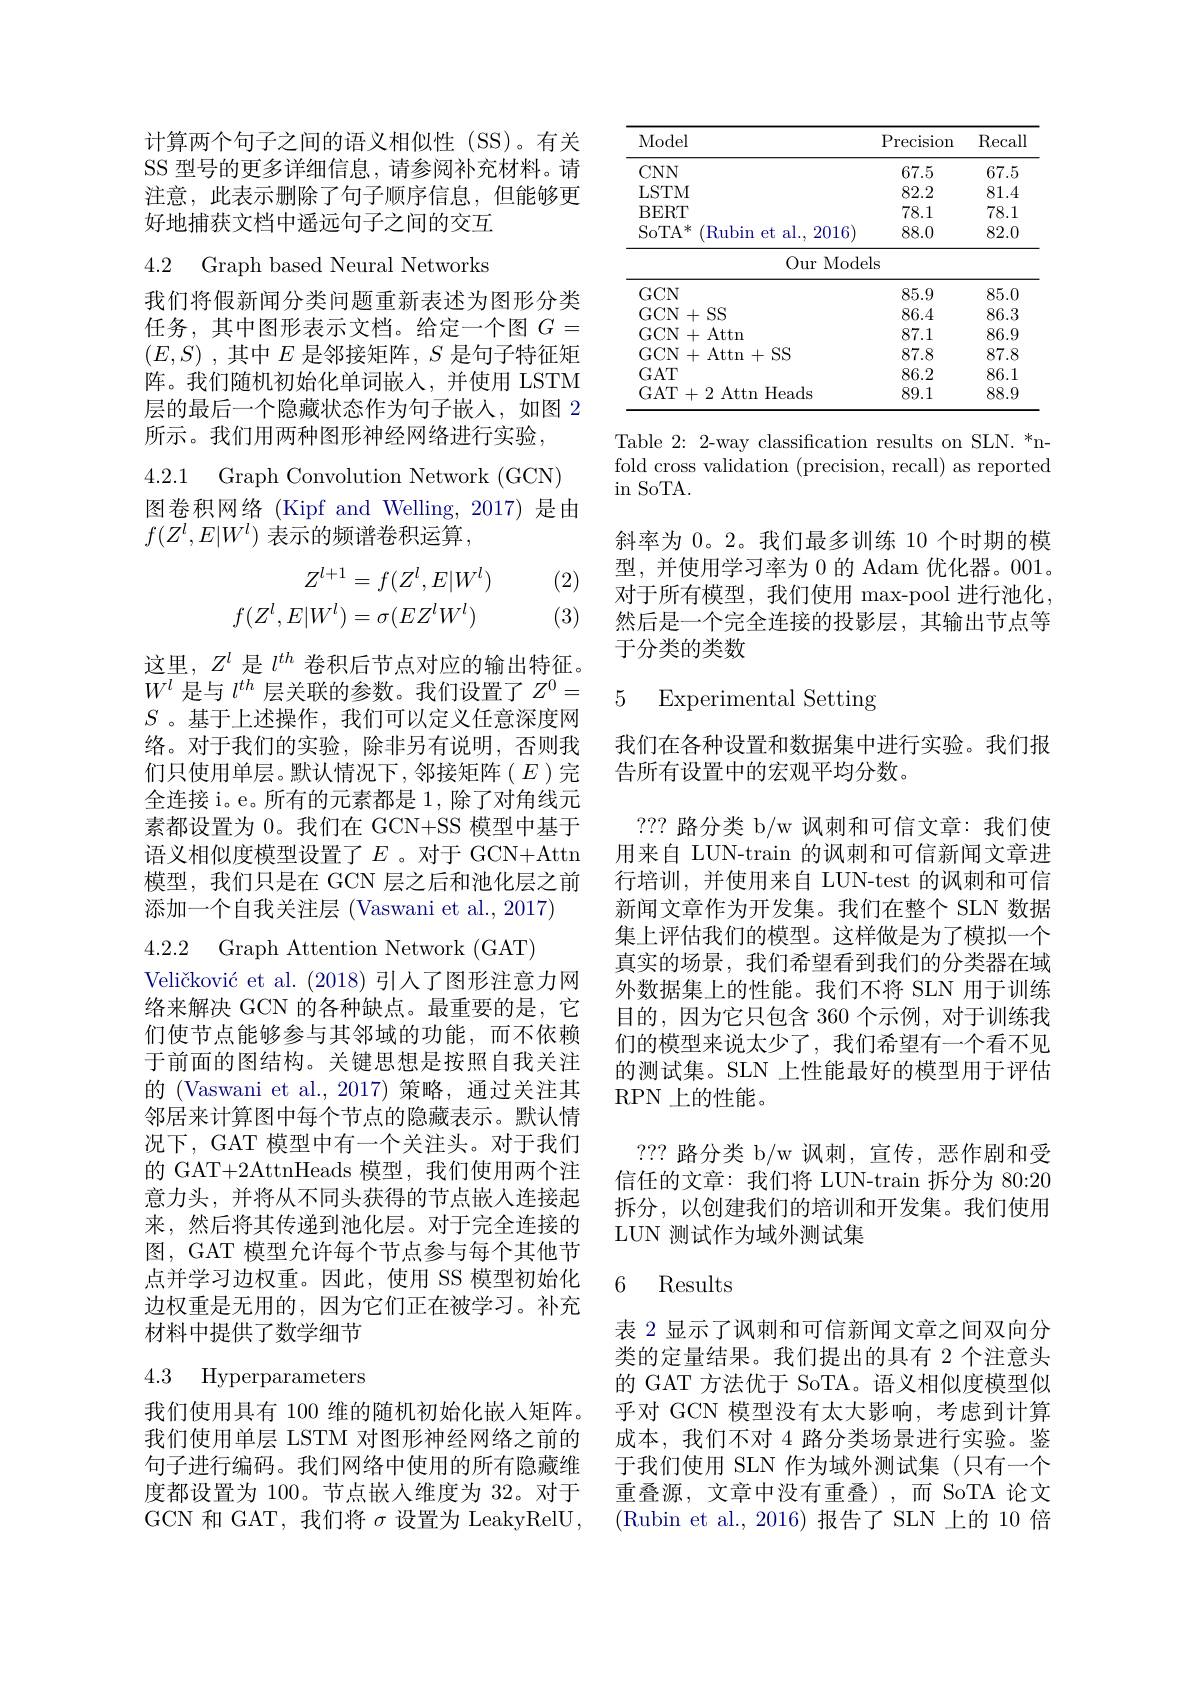
计算两个句子之间的语义相似性(SS)。有关SS 型号的更多详细信息，请参阅补充材料。请注意，此表示删除了句子顺序信息，但能够更好地捕获文档中遥远句子之间的交互

4.2 Graph based Neural Networks

我们将假新闻分类问题重新表述为图形分类任务，其中图形表示文档。给定一个图$G=$ $( E, S)$ ,其中$E$ 是邻接矩阵$,S$ 是句子特征矩阵。我们随机初始化单词嵌入，并使用 LSTM 层的最后一个隐藏状态作为句子嵌入，如图 2所示。我们用两种图形神经网络进行实验，

4.2.1 Graph Convolution Network (GCN)

图卷积网络(Kipf and Welling, 2017) 是由
$f(Z^l,E|W^l)$表示的频谱卷积运算，

(2)
$$\begin{aligned}Z^{l+1}&=f(Z^l,E|W^l)\\f(Z^l,E|W^l)&=\sigma(EZ^lW^l)\end{aligned}$$
(3)

这里，$Z^l$是$l^{th}$卷积后节点对应的输出特征。$W^l$是与$l^{th}$层关联的参数。我们设置了$Z^0=$ $S$ 。基于上述操作，我们可以定义任意深度网络。对于我们的实验，除非另有说明，否则我们只使用单层。默认情况下，邻接矩阵(E)完全连接 i。e。所有的元素都是 1, 除了对角线元素都设置为 0。我们在 GCN+SS 模型中基于语义相似度模型设置了$E$。对于 GCN+Attn 模型，我们只是在 GCN 层之后和池化层之前添加一个自我关注层 (Vaswani et al., 2017)
4.2.2 Graph Attention Network (GAT)
Veličković et al. (2018)引人了图形注意力网络来解决 GCN 的各种缺点。最重要的是，它们使节点能够参与其邻域的功能，而不依赖于前面的图结构。关键思想是按照自我关注的 (Vaswani et al.,2017)策略，通过关注其邻居来计算图中每个节点的隐藏表示。默认情况下，GAT 模型中有一个关注头。对于我们的 GAT+2AttnHeads 模型，我们使用两个注意力头，并将从不同头获得的节点嵌入连接起来，然后将其传递到池化层。对于完全连接的图，GAT 模型允许每个节点参与每个其他节点并学习边权重。因此，使用 SS 模型初始化边权重是无用的，因为它们正在被学习。补充材料中提供了数学细节4.3 Hyperparameters

我们使用具有 100 维的随机初始化嵌入矩阵。我们使用单层 LSTM 对图形神经网络之前的句子进行编码。我们网络中使用的所有隐藏维度都设置为 100。节点嵌入维度为 32。对于GCN 和 GAT, 我们将$\sigma$设置为 LeakyRelU,

<table>
	<tbody>
		<tr>
			<th>Model</th>
			<th>Precision</th>
			<th>$\operatorname{Recall}$</th>
		</tr>
		<tr>
			<td>$CNN$</td>
			<td>67.5</td>
			<td>67.5</td>
		</tr>
		<tr>
			<td>LSTM</td>
			<td>82.2</td>
			<td>81.4</td>
		</tr>
		<tr>
			<td>BERT</td>
			<td>78.1</td>
			<td>78.1</td>
		</tr>
		<tr>
			<td>Rubin et al. , 2016 SoTA* </td>
			<td>88.0</td>
			<td>82.0</td>
		</tr>
		<tr>
			<td>Our Mode</td>
			<td>sls</td>
			<td> </td>
		</tr>
		<tr>
			<td>$GCN$</td>
			<td>85.9</td>
			<td>85.0</td>
		</tr>
		<tr>
			<td>GCN+SS</td>
			<td>86.4</td>
			<td>86.3</td>
		</tr>
		<tr>
			<td>GCN+Attn</td>
			<td>87.1</td>
			<td>86.9</td>
		</tr>
		<tr>
			<td>GCN+ Attn+SS</td>
			<td>87.8</td>
			<td>87.8</td>
		</tr>
		<tr>
			<td>$GAT$</td>
			<td>86.2</td>
			<td>86.1</td>
		</tr>
		<tr>
			<td>GAT+2 Attn Heads</td>
			<td>89.1</td>
			<td>88.9</td>
		</tr>
	</tbody>
</table>

Table 2: 2-way classification results on SLN. *nfold cross validation (precision, recall) as reported $\operatorname{in}$ SoTA.

斜率为 0。2。我们最多训练 10 个时期的模型，并使用学习率为 0 的 Adam 优化器。001。对于所有模型，我们使用 max-pool 进行池化， 然后是一个完全连接的投影层，其输出节点等于分类的类数

5 Experimental Setting

我们在各种设置和数据集中进行实验。我们报
告所有设置中的宏观平均分数。

??? 路分类 b/w 讽刺和可信文章：我们使用来自 LUN-train 的讽刺和可信新闻文章进行培训，并使用来自 LUN-test 的讽刺和可信新闻文章作为开发集。我们在整个 SLN 数据集上评估我们的模型。这样做是为了模拟一个真实的场景，我们希望看到我们的分类器在域外数据集上的性能。我们不将 SLN 用于训练目的，因为它只包含 360 个示例，对于训练我们的模型来说太少了，我们希望有一个看不见的测试集。SLN 上性能最好的模型用于评估RPN 上的性能。
??? 路分类 b/w 讽刺，宣传，恶作剧和受信任的文章：我们将 LUN-train 拆分为 80:20拆分，以创建我们的培训和开发集。我们使用LUN 测试作为域外测试集

### 6 Results

表 2 显示了讽刺和可信新闻文章之间双向分类的定量结果。我们提出的具有 2 个注意头的 GAT 方法优于 SoTA。语义相似度模型似乎对 GCN 模型没有太大影响，考虑到计算成本，我们不对 4 路分类场景进行实验。鉴于我们使用 SLN 作为域外测试集(只有一个重叠源，文章中没有重叠),而 SoTA 论文(Rubin et al.,2016)报告了SLN 上的 10 倍